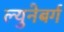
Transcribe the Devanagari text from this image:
ल्युनेबर्ग